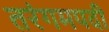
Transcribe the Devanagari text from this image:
तरंगमपदी